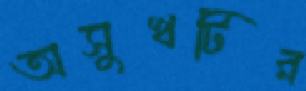
অসুখটির